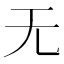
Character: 无